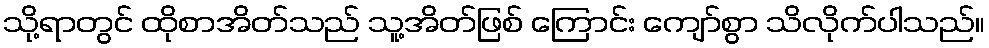
သို့ရာတွင် ထိုစာအိတ်သည် သူ့အိတ်ဖြစ် ကြောင်း ကျော်စွာ သိလိုက်ပါသည်။